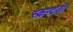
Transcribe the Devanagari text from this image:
स्कन्दजी